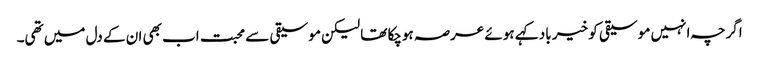
اگرچہ انہیں موسیقی کو خیر باد کہے ہوئے عرصہ ہوچکا تھا لیکن موسیقی سے محبت اب بھی ان کے دل میں تھی۔